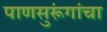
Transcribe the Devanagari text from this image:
पाणसुरूंगांचा